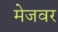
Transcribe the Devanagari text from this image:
मेजवर